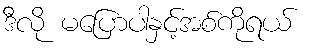
ဒီလို မပြောပါနှင့်အစ်ကိုရယ်